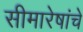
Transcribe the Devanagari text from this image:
सीमारेषांचे